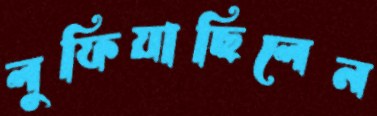
লুফিয়াছিলেন